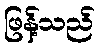
ဖြန့်သည်